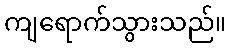
ကျရောက်သွားသည်။